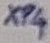
Text: XP4